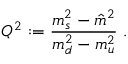
Q ^ { 2 } : = \displaystyle \frac { m _ { s } ^ { 2 } - \hat { m } ^ { 2 } } { m _ { d } ^ { 2 } - m _ { u } ^ { 2 } } ~ .